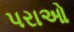
પરાઓ